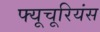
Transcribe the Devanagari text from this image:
फ्यूचूरियंस